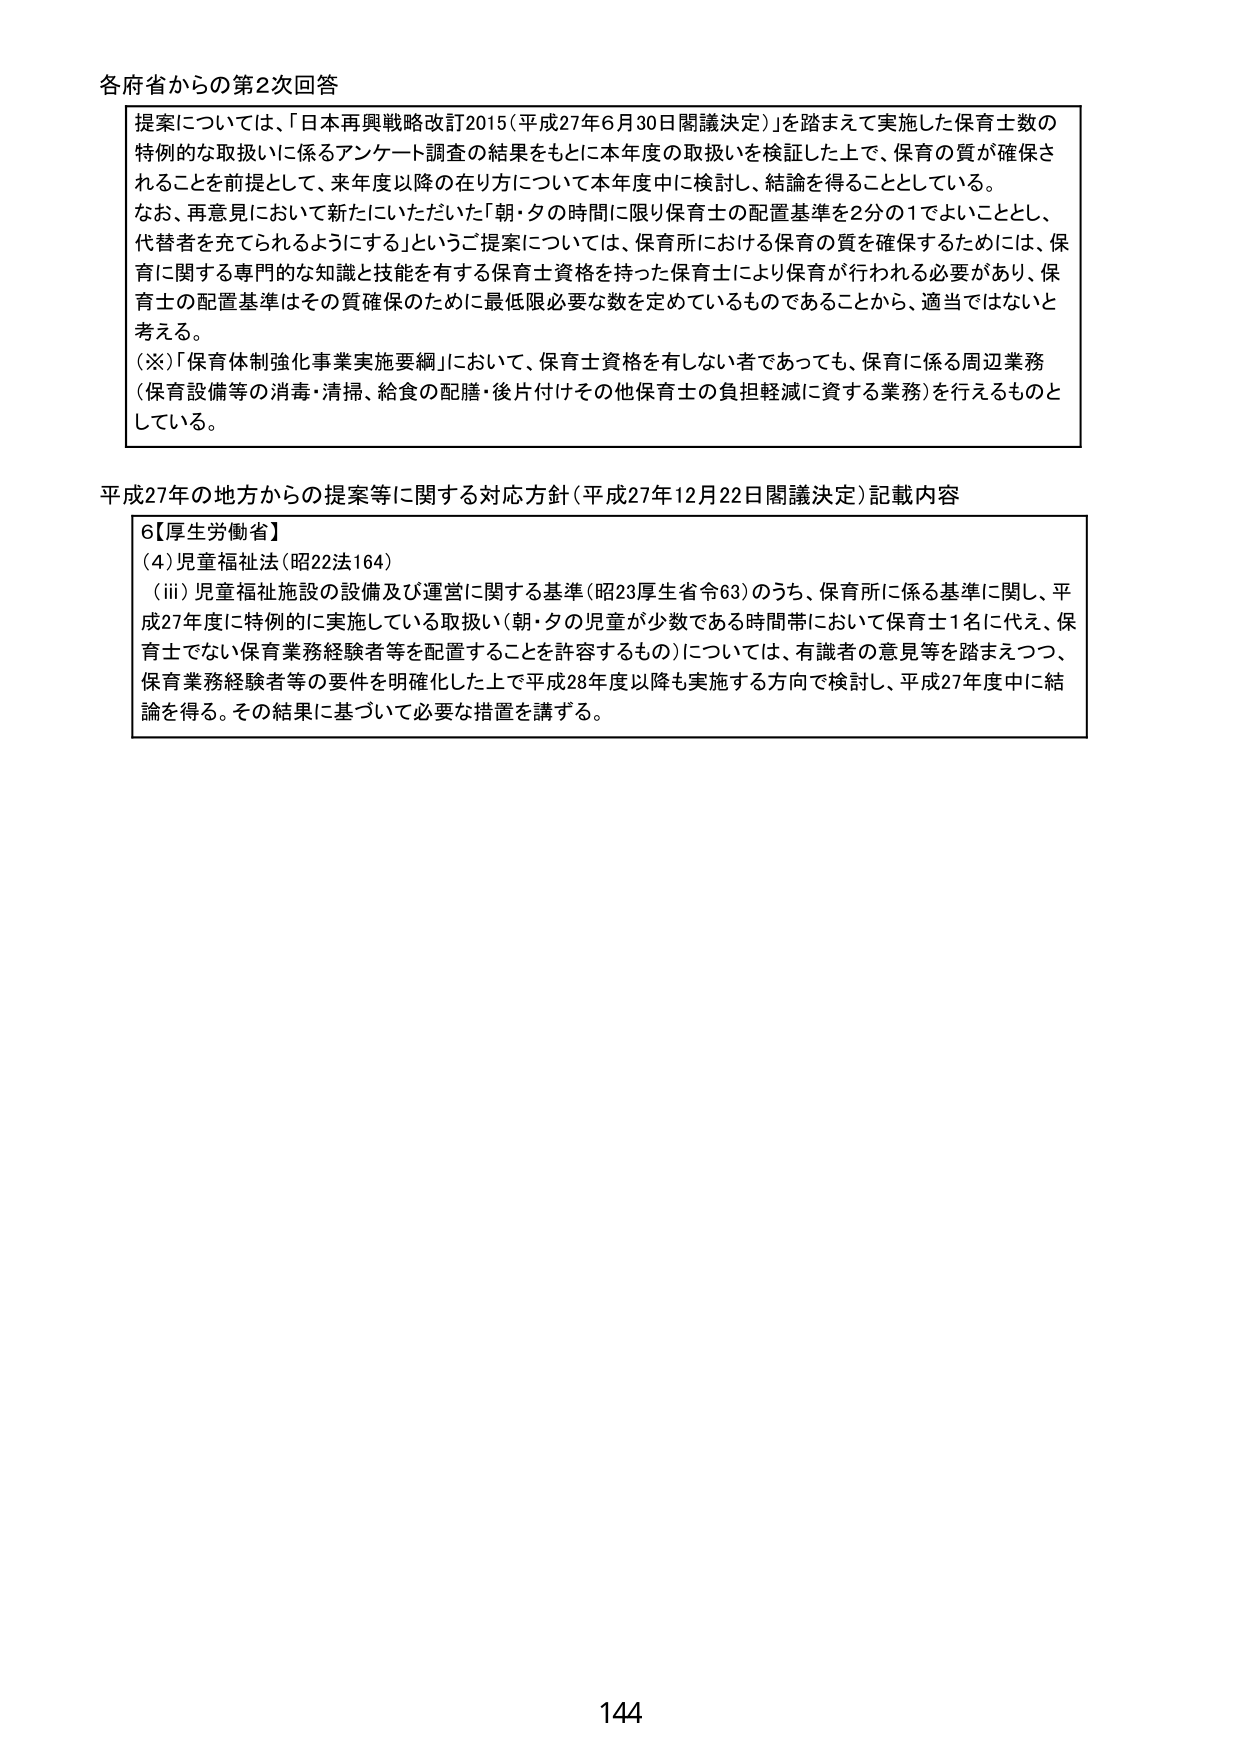
各府省からの第2次回答

提案については、「日本再興戦略改訂2015（平成27年6月30日閣議決定）」を踏まえて実施した保育士数の
特例的な取扱いに係るアンケート調査の結果をもとに本年度の取扱いを検証した上で、保育の質が確保さ
れることを前提として、来年度以降の在り方について本年度中に検討し、結論を得ることとしている。
なお、再意見において新たにいただいた「朝・夕の時間に限り保育士の配置基準を2分の1でよいこととし、
代替者を充てられるようにする」というご提案については、保育所における保育の質を確保するためには、保
育に関する専門的な知識と技能を有する保育士資格を持った保育士により保育が行われる必要があり、保
育士の配置基準はその質確保のために最低限必要な数を定めているものであることから、適当ではないと
考える。
（※）「保育体制強化事業実施要綱」において、保育士資格を有しない者であっても、保育に係る周辺業務
（保育設備等の消毒・清掃、給食の配膳・後片付けその他保育士の負担軽減に資する業務）を行えるものと
している。

平成27年の地方からの提案等に関する対応方針（平成27年12月22日閣議決定）記載内容

6【厚生労働省】
（4）児童福祉法（昭22法164）
（iii）児童福祉施設の設備及び運営に関する基準（昭23厚生省令63）のうち、保育所に係る基準に関し、平
成27年度に特例的に実施している取扱い（朝・夕の児童が少数である時間帯において保育士1名に代え、保
育士でない保育業務経験者等を配置することを許容するもの）については、有識者の意見等を踏まえつつ、
保育業務経験者等の要件を明確化した上で平成28年度以降も実施する方向で検討し、平成27年度中に結
論を得る。その結果に基づいて必要な措置を講ずる。

144